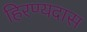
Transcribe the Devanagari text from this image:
हिरण्यदास